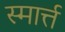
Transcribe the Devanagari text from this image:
स्मार्त्त